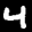
Label: 4